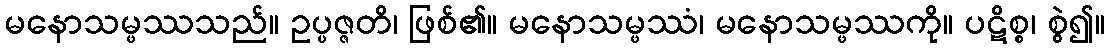
မနောသမ္ဖဿသည်။ ဥပ္ပဇ္ဇတိ၊ ဖြစ်၏။ မနောသမ္ဖဿံ၊ မနောသမ္ဖဿကို။ ပဋိစ္စ၊ စွဲ၍။